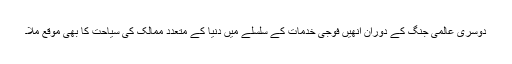
دوسری عالمی جنگ کے دوران انھیں فوجی خدمات کے سلسلے میں دنیا کے متعدد ممالک کی سیاحت کا بھی موقع ملا۔